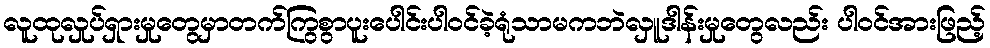
လူထုလှုပ်ရှားမှုတွေမှာတက်ကြွစွာပူးပေါင်းပါဝင်ခဲ့ရုံသာမကဘဲလှူဒါန်းမှုတွေလည်း ပါဝင်အားဖြည့်